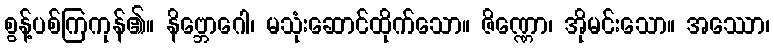
စွန့်ပစ်ကြကုန်၏။ နိဗ္ဘောဂေါ၊ မသုံးဆောင်ထိုက်သော။ ဇိဏ္ဏော၊ အိုမင်းသော။ အဿော၊